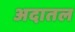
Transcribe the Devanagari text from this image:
अदातल